Report of the Indian Hemp Drugs Commission, 1894-1895 - Volume IV
Year: 1894
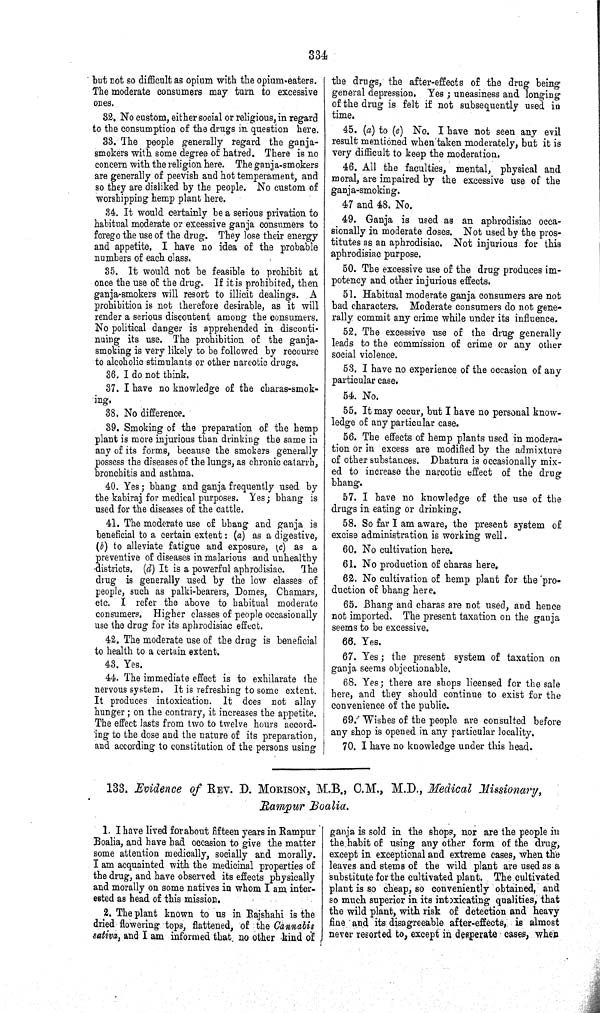
334
but not so difficult as opium with the opium-eaters.
The moderate consumers may turn to excessive
ones.
32. No custom, either social or religious, in regard
to the consumption of the drugs in question here.
33. The people generally regard the ganja-
smokers with some degree of hatred. There is no
concern with the religion here. The ganja-smokers
are generally of peevish and hot temperament, and
so they are disliked by the people. No custom of
worshipping hemp plant here.
34. It would certainly be a serious privation to
habitual moderate or excessive ganja consumers to
forego the use of the drug. They lose their energy
and appetite. I have no idea of the probable
numbers of each class.
35. It would not be feasible to prohibit at
once the use of the drug. If it is prohibited, then
ganja-smokers will resort to illicit dealings. A
prohibition is not therefore desirable, as it will
render a serious discontent among the consumers.
No political danger is apprehended in disconti-
nuing its use. The prohibition of the ganja-
smoking is very likely to be followed by recourse
to alcoholic stimulants or other narcotic drugs.
36. I do not think.
37. I have no knowledge of the charas-smok-
ing.
38. No difference.
39. Smoking of the preparation of the hemp
plant is more injurious than drinking the same in
any of its forms, because the smokers generally
possess the diseases of the lungs, as chronic catarrh,
bronchitis and asthma.
40. Yes; bhang and ganja frequently used by
the kabiraj for medical purposes. Yes; bhang is
used for the diseases of the cattle.
41. The moderate use of bhang and ganja is
beneficial to a certain extent: (a) as a digestive,
(b) to alleviate fatigue and exposure, (c) as a
preventive of diseases in malarious and unhealthy
districts. (d) It is a powerful aphrodisiac.
The
drug is generally used by the low classes of
people, such as palki-bearers, Domes, Chamars,
etc. I refer the above to habitual moderate
consumers. Higher classes of people occasionally
use the drug for its aphrodisiac effect.
42. The moderate use of the drug is beneficial
to health to a certain extent.
43. Yes.
44. The immediate effect is to exhilarate the
nervous system. It is refreshing to some extent.
It produces intoxication. It does not allay
hunger; on the contrary, it increases the appetite.
The effect lasts from two to twelve hours accord-
ing to the dose and the nature of its preparation,
and according to constitution of the persons using
the drugs, the after-effects of the drug being
general depression. Yes; uneasiness and longing
of the drug is felt if not subsequently used in
time.
45. (a) to (e) No. I have not seen any evil
result mentioned when taken moderately, but it is
very difficult to keep the moderation.
46. All the faculties, mental, physical and
moral, are impaired by the excessive use of the
ganja-smoking.
47 and 48. No.
49. Ganja is used as an aphrodisiac occa-
sionally in moderate doses. Not used by the pros-
titutes as an aphrodisiac. Not injurious for this
aphrodisiac purpose.
50. The excessive use of the drug produces im-
potency and other injurious effects.
51. Habitual moderate ganja consumers are not
bad characters. Moderate consumers do not gene-
rally commit any crime while under its influence.
52. The excessive use of the drug generally
leads to the commission of crime or any other
social violence.
53. I have no experience of the occasion of any
particular case.
54. No.
55. It may occur, but I have no personal know-
ledge of any particular case.
56. The effects of hemp plants used in modera-
tion or in excess are modified by the admixture
of other substances. Dhatura is occasionally mix-
ed to increase the narcotic effect of the drug
bhang.
57. I have no knowledge of the use of the
drugs in eating or drinking.
58. So far I am aware, the present system of
excise administration is working well.
60. No cultivation here.
61. No production of charas here.
62. No cultivation of hemp plant for the 'pro-
duction of bhang here.
65. Bhang and charas are not used, and hence
not imported. The present taxation on the ganja
seems to be excessive.
66. Yes.
67. Yes; the present system of taxation on
ganja seems objectionable.
68. Yes; there are shops licensed for the sale
here, and they should continue to exist for the
convenience of the public.
69. Wishes of the people are consulted before
any shop is opened in any particular locality.
70. I have no knowledge under this head.
133. Evidence of REV. D. MORISON, M.B., C.M., M.D., Medical Missionary,
Rampur Boalia.
1. I have lived for about fifteen years in Rampur
Boalia, and have had occasion to give the matter
some attention medically, socially and morally.
I am acquainted with the medicinal properties of
the drug, and have observed its effects physically
and morally on some natives in whom I am inter-
ested as head of this mission.
2. The plant known to us in Rajshahi is the
dried flowering tops, flattened, of the Cannabis
sativa, and I am informed that no other kind of
ganja is sold in the shops, nor are the people in
the habit of using any other form of the drug,
except in exceptional and extreme cases, when the
leaves and stems of the wild plant are used as a
substitute for the cultivated plant. The cultivated
plant is so cheap, so conveniently obtained, and
so much superior in its intoxicating qualities, that
the wild plant, with risk of detection and heavy
fine and its disagreeable after-effects, is almost
never resorted to, except in desperate cases, when